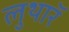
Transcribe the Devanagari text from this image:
लुथाॅर